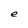
Character: e